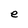
Character: e